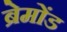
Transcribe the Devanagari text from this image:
ब्रेमोंड